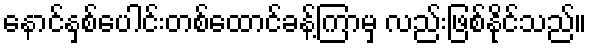
နောင်နှစ်ပေါင်းတစ်ထောင်ခန့်ကြာမှ လည်းဖြစ်နိုင်သည်။